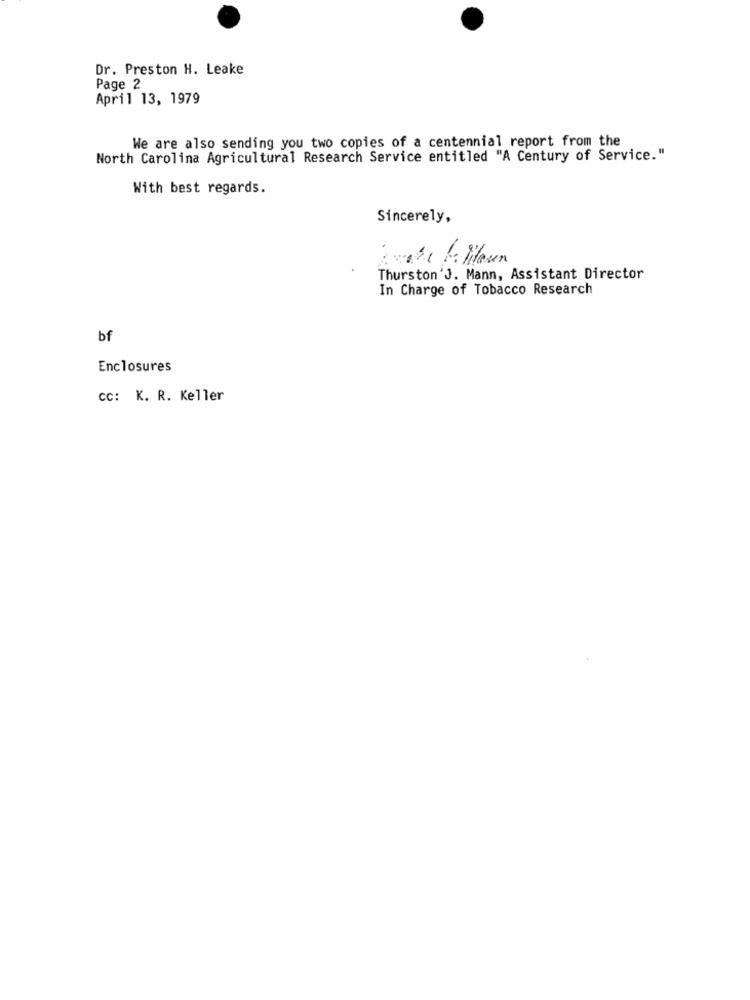
Dr. Preston H. Leake
Page 2
April 13, 1979
We are also sending you two copies of a centennial report from the
North Carolina Agricultural Research Service entitled "A Century of Service."
With best regards.
Sincerely,
Thurston'J. Mann, Assistant Director
In Charge of Tobacco Research
bf
Enclosures
cc: K. R. Keller